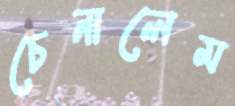
চেনালেম